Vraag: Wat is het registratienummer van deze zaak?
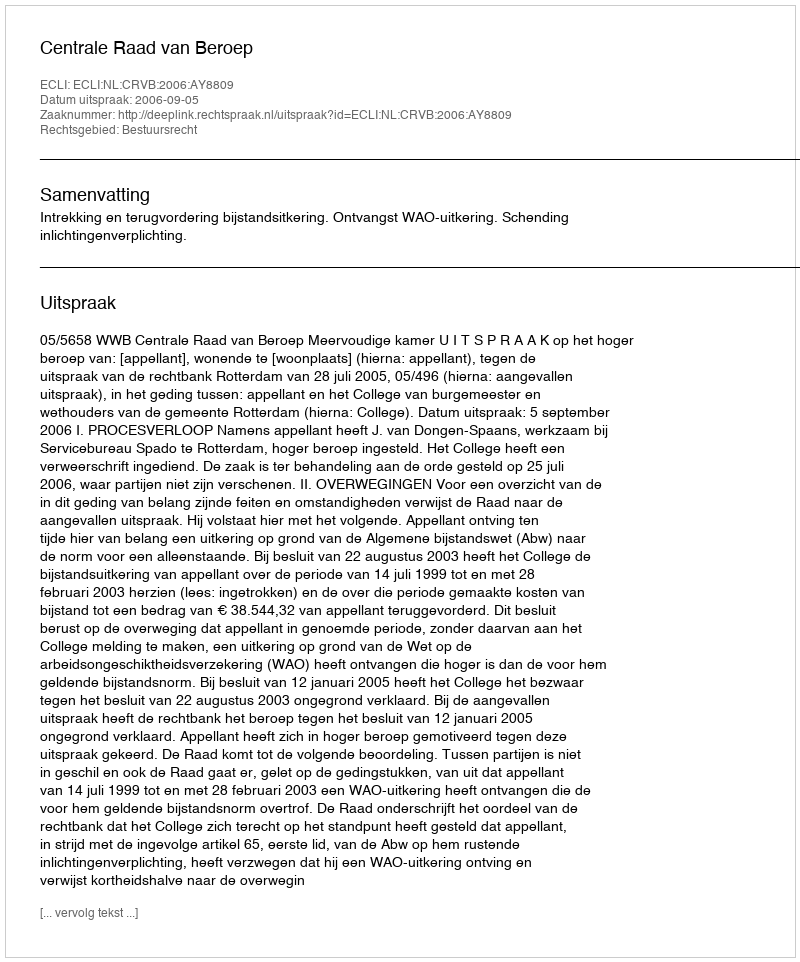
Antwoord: http://deeplink.rechtspraak.nl/uitspraak?id=ECLI:NL:CRVB:2006:AY8809